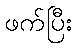
ဖက်ပြီး